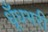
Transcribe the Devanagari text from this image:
धूँधभरी